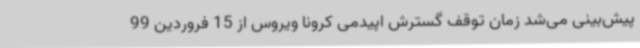
پیش‌بینی می‌شد زمان توقف گسترش اپیدمی کرونا ویروس از 15 فروردین 99